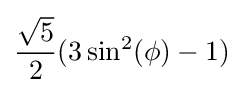
{\frac {\sqrt {5}}{2}}(3\sin ^{2}(\phi )-1)